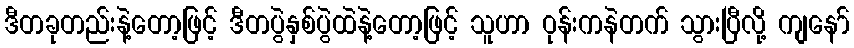
ဒီတခုတည်းနဲ့တော့ဖြင့် ဒီတပွဲနှစ်ပွဲထဲနဲ့တော့ဖြင့် သူဟာ ဝုန်းကနဲတက် သွားပြီလို့ ကျနော်